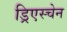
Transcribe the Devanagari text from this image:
ड्रिएस्चेन